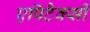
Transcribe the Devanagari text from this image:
एपिटैक्सी